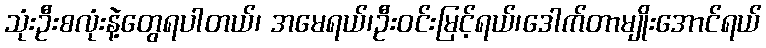
သုံးဦးစလုံးနဲ့တွေရပါတယ်၊ အမေရယ်၊ဦးဝင်းမြင့်ရယ်၊ဒေါက်တာမျိုးအောင်ရယ်